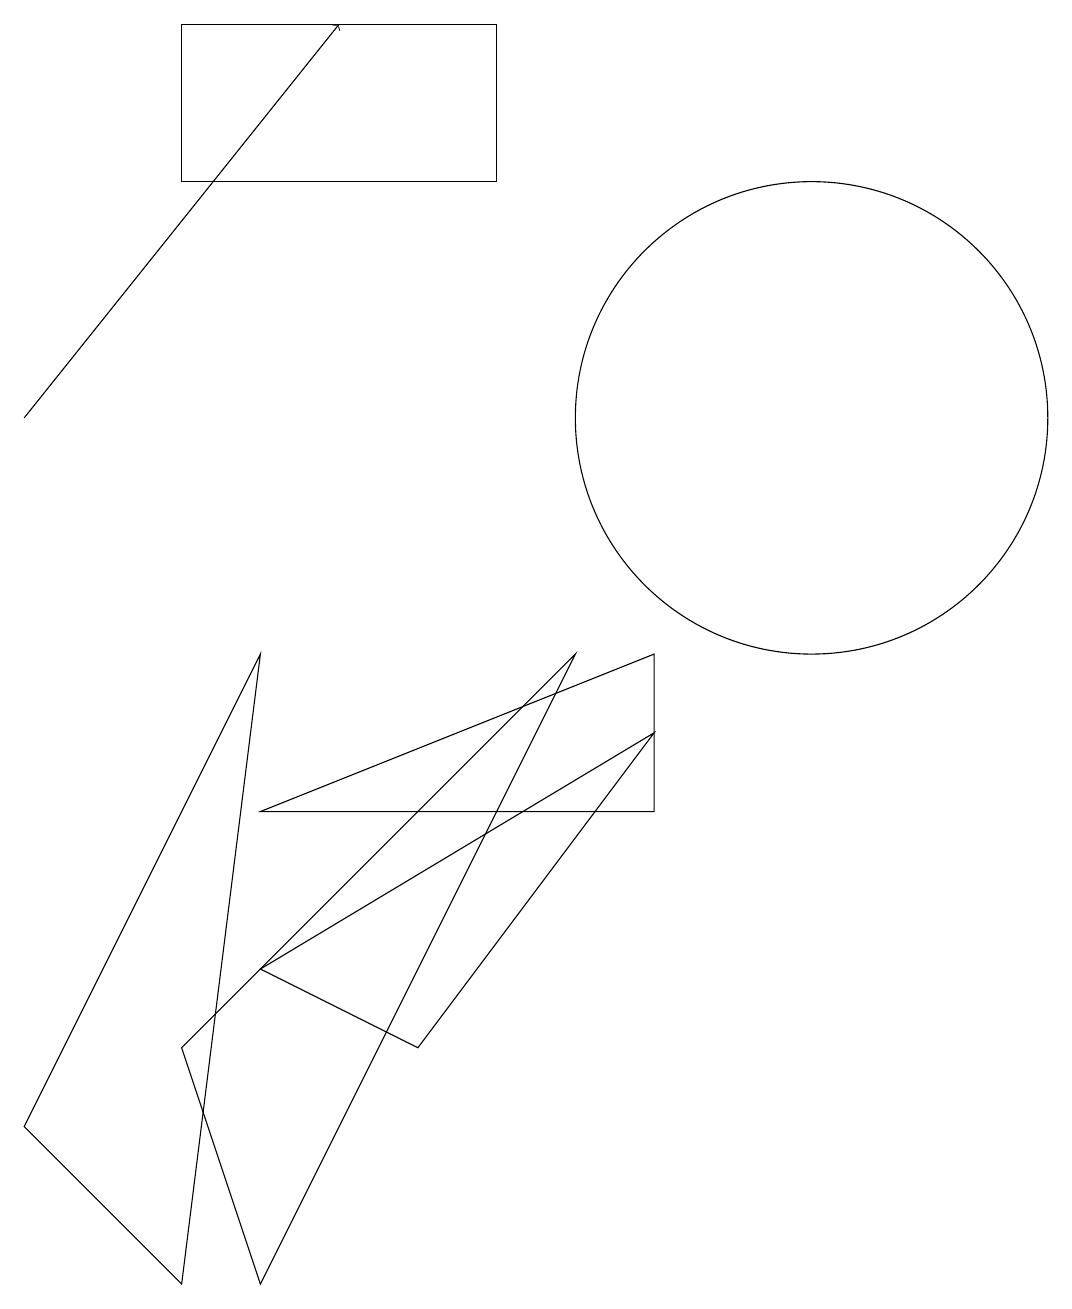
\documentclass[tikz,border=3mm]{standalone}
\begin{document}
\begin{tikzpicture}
\draw (5,3) -- (3,4) -- (8,7) -- cycle;
\draw (8,8) -- (3,6) -- (8,6) -- cycle;
\draw (7,8) -- (3,0) -- (2,3) -- cycle;
\draw (0,2) -- (3,8) -- (2,0) -- cycle;
\draw[->] (0,11) -- (4,16);
\draw (10,11) circle (3);
\draw (2,14) rectangle (6,16);
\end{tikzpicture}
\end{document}